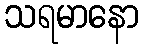
သရမာနော